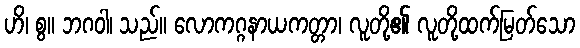
ဟိ၊ စွ။ ဘဂဝါ၊ သည်။ လောကဂ္ဂနာယကတ္တာ၊ လူတို့၏ လူတို့ထက်မြတ်သော